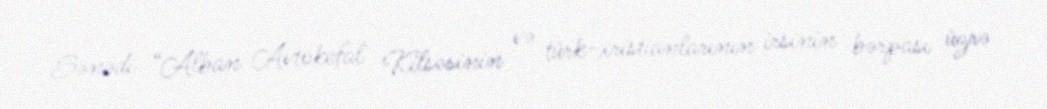
Sənədi “Alban Avtokefal Kilsəsinin və türk-xristianlarının irsinin bərpası üzrə